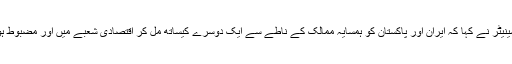
پاکستانی سینیٹر نے کہا کہ ایران اور پاکستان کو ہمسایہ ممالک کے ناطے سے ایک دوسرے کیساتھ مل کر اقتصادی شعبے میں اور مضبوط ہونا چاہیے۔